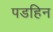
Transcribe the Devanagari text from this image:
पडहिन